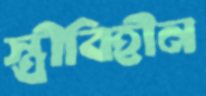
স্ত্রীবিহীন